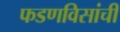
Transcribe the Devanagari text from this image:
फडणविसांची